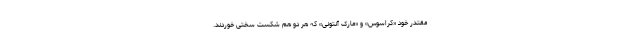
مقتدر خود «کراسوس» و «مارک آنتونی» که هر دو هم شکست سختی خوردند.